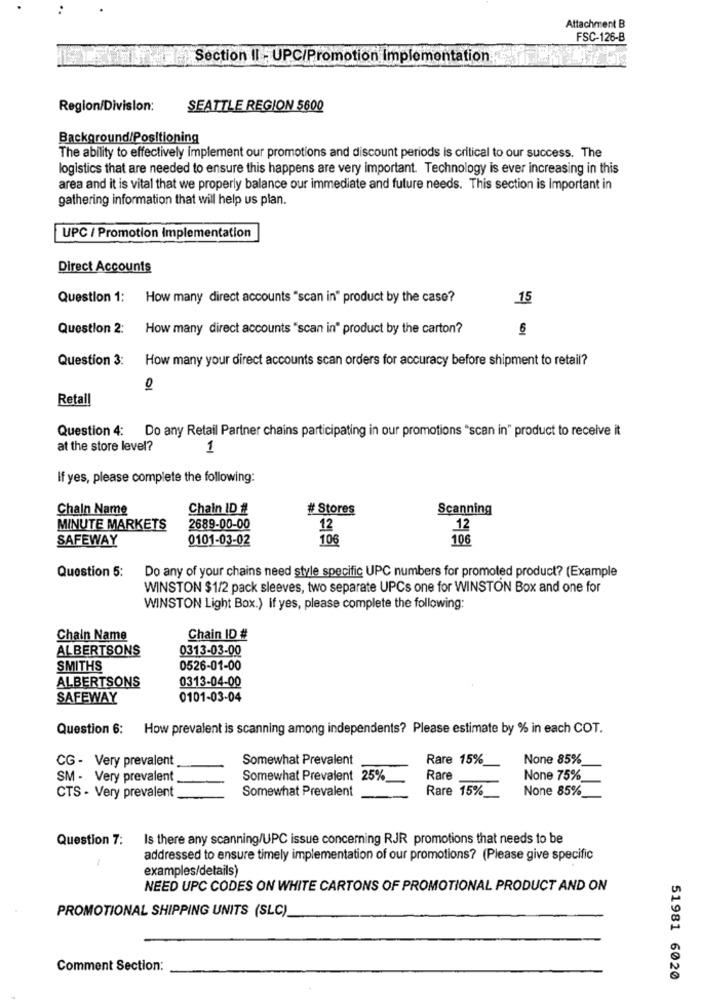
Attachment B
FSC-126-B
Section II - UPC/Promotion Implementation
Region/Division:
SEATTLE REGION 5600
Background/Positioning
The ability to effectively implement our promotions and discount periods is critical to our success. The
logistics that are needed to ensure this happens are very important. Technology is ever increasing in this
area and it is vital that we properly balance our immediate and future needs. This section is Important in
gathering information that will help us plan.
UPC / Promotion Implementation
Direct Accounts
Question 1: How many direct accounts "scan in" product by the case?
15
Question 2: How many direct accounts "scan in" product by the carton?
6
Question 3: How many your direct accounts scan orders for accuracy before shipment to retail?
01
Retail
Question 4: Do any Retail Partner chains participating in our promotions "scan in" product to receive it
at the store level?
1
If yes, please complete the following:
Chain Name
Chain ID #
# Stores
Scanning
MINUTE MARKETS
2689-00-00
12
12
SAFEWAY
0101-03-02
106
106
Do any of your chains need style specific UPC numbers for promoted product? (Example
Question 5:
WINSTON $1/2 pack sleeves, two separate UPCs one for WINSTON Box and one for
WINSTON Light Box.) If yes, please complete the following:
Chain Name
Chain ID #
ALBERTSONS
0313-03-00
SMITHS
0526-01-00
0313-04-00
ALBERTSONS
SAFEWAY
0101-03-04
Question 6: How prevalent is scanning among independents? Please estimate by % in each COT.
CG - Very prevalent
Somewhat Prevalent
Rare 15%
None 85%
SM - Very prevalent
Somewhat Prevalent 25%
Rare
None 75%
Somewhat Prevalent
Rare 15%
None 85%
CTS - Very prevalent
Question 7:
Is there any scanning/UPC issue concerning RJR promotions that needs to be
addressed to ensure timely implementation of our promotions? (Please give specific
examples/details)
NEED UPC CODES ON WHITE CARTONS OF PROMOTIONAL PRODUCT AND ON
PROMOTIONAL SHIPPING UNITS (SLC)
Comment Section:
51981 6020